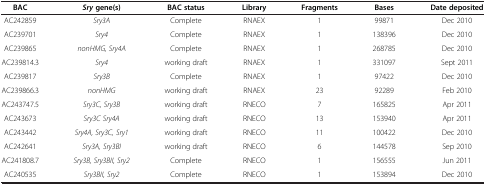
<table><thead><tr><td><b>BAC</b></td><td><b><i>Sry</i>gene(s)</b></td><td><b>BAC status</b></td><td><b>Library</b></td><td><b>Fragments</b></td><td><b>Bases</b></td><td><b>Date deposited</b></td></tr></thead><tbody><tr><td>AC242859</td><td><i>Sry3A</i></td><td>Complete</td><td>RNAEX</td><td>1</td><td>99871</td><td>Dec 2010</td></tr><tr><td>AC239701</td><td><i>Sry4</i></td><td>Complete</td><td>RNAEX</td><td>1</td><td>138396</td><td>Dec 2010</td></tr><tr><td>AC239865</td><td><i>nonHMG, Sry4A</i></td><td>Complete</td><td>RNAEX</td><td>1</td><td>268785</td><td>Dec 2010</td></tr><tr><td>AC239814.3</td><td><i>Sry4</i></td><td>working draft</td><td>RNAEX</td><td>1</td><td>331097</td><td>Sept 2011</td></tr><tr><td>AC239817</td><td><i>Sry3B</i></td><td>Complete</td><td>RNAEX</td><td>1</td><td>97422</td><td>Dec 2010</td></tr><tr><td>AC239866.3</td><td><i>nonHMG</i></td><td>working draft</td><td>RNAEX</td><td>23</td><td>92289</td><td>Feb 2010</td></tr><tr><td>AC243747.5</td><td><i>Sry3C, Sry3B</i></td><td>working draft</td><td>RNECO</td><td>7</td><td>165825</td><td>Apr 2011</td></tr><tr><td>AC243673</td><td><i>Sry3C Sry4A</i></td><td>working draft</td><td>RNECO</td><td>13</td><td>153940</td><td>Apr 2011</td></tr><tr><td>AC243442</td><td><i>Sry4A, Sry3C, Sry1</i></td><td>working draft</td><td>RNECO</td><td>11</td><td>100422</td><td>Dec 2010</td></tr><tr><td>AC242641</td><td><i>Sry3A, Sry3BI</i></td><td>working draft</td><td>RNECO</td><td>6</td><td>144578</td><td>Sep 2010</td></tr><tr><td>AC241808.7</td><td><i>Sry3B, Sry3BII, Sry2</i></td><td>Complete</td><td>RNECO</td><td>1</td><td>156555</td><td>Jun 2011</td></tr><tr><td>AC240535</td><td><i>Sry3BII, Sry2</i></td><td>Complete</td><td>RNECO</td><td>1</td><td>153894</td><td>Dec 2010</td></tr></tbody></table>